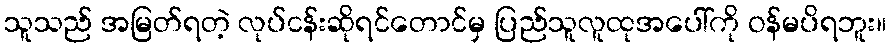
သူသည် အမြတ်ရတဲ့ လုပ်ငန်းဆိုရင်တောင်မှ ပြည်သူလူထုအပေါ်ကို ဝန်မပိရဘူး။